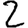
Digit: 2